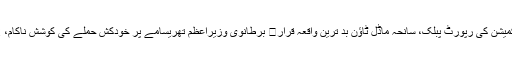
جسٹس نجفی کمیشن کی رپورٹ پبلک، سانحہ ماڈل ٹاؤن بد ترین واقعہ قرار	 برطانوی وزیراعظم تھریسامے پر خودکش حملے کی کوشش ناکام، 2 ملزم گرفتار